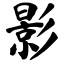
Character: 影